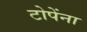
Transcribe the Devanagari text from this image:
टोपेंना